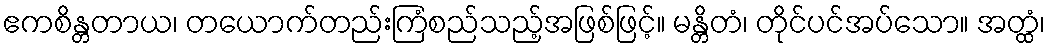
ဧကစိန္တတာယ၊ တယောက်တည်းကြံစည်သည့်အဖြစ်ဖြင့်။ မန္တိတံ၊ တိုင်ပင်အပ်သော။ အတ္ထံ၊